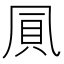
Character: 𠙒